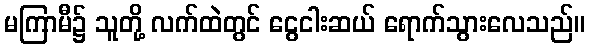
မကြာမီ၌ သူတို့ လက်ထဲတွင် ငွေငါးဆယ် ရောက်သွားလေသည်။